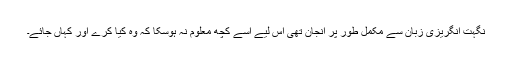
نگہت انگریزی زبان سے مکمل طور پر انجان تھی اس لیے اسے کچھ معلوم نہ ہوسکا کہ وہ کیا کرے اور کہاں جائے۔